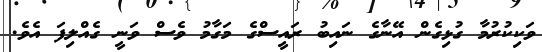
ވަކިކުރުމާ ގުޅިގެން އޭނާގެ ނައިބު ރައީސްގެ މަގާމު ވެސް ވަނީ ގެއްލިފަ އެވެ.